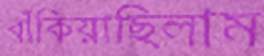
বাঁকিয়াছিলাম